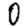
Digit: 0